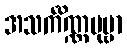
အသင်္ကိဏ္ဏပုဗ္ဗာ